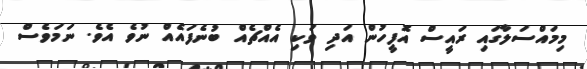
މިމައްސަލާގައި ރައީސް އޮފީހުން އަދި ވަކި އެއްޗެއް ބުނެފައެއް ނުވެ އެވެ. ނަމަވެސް